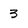
Character: 3